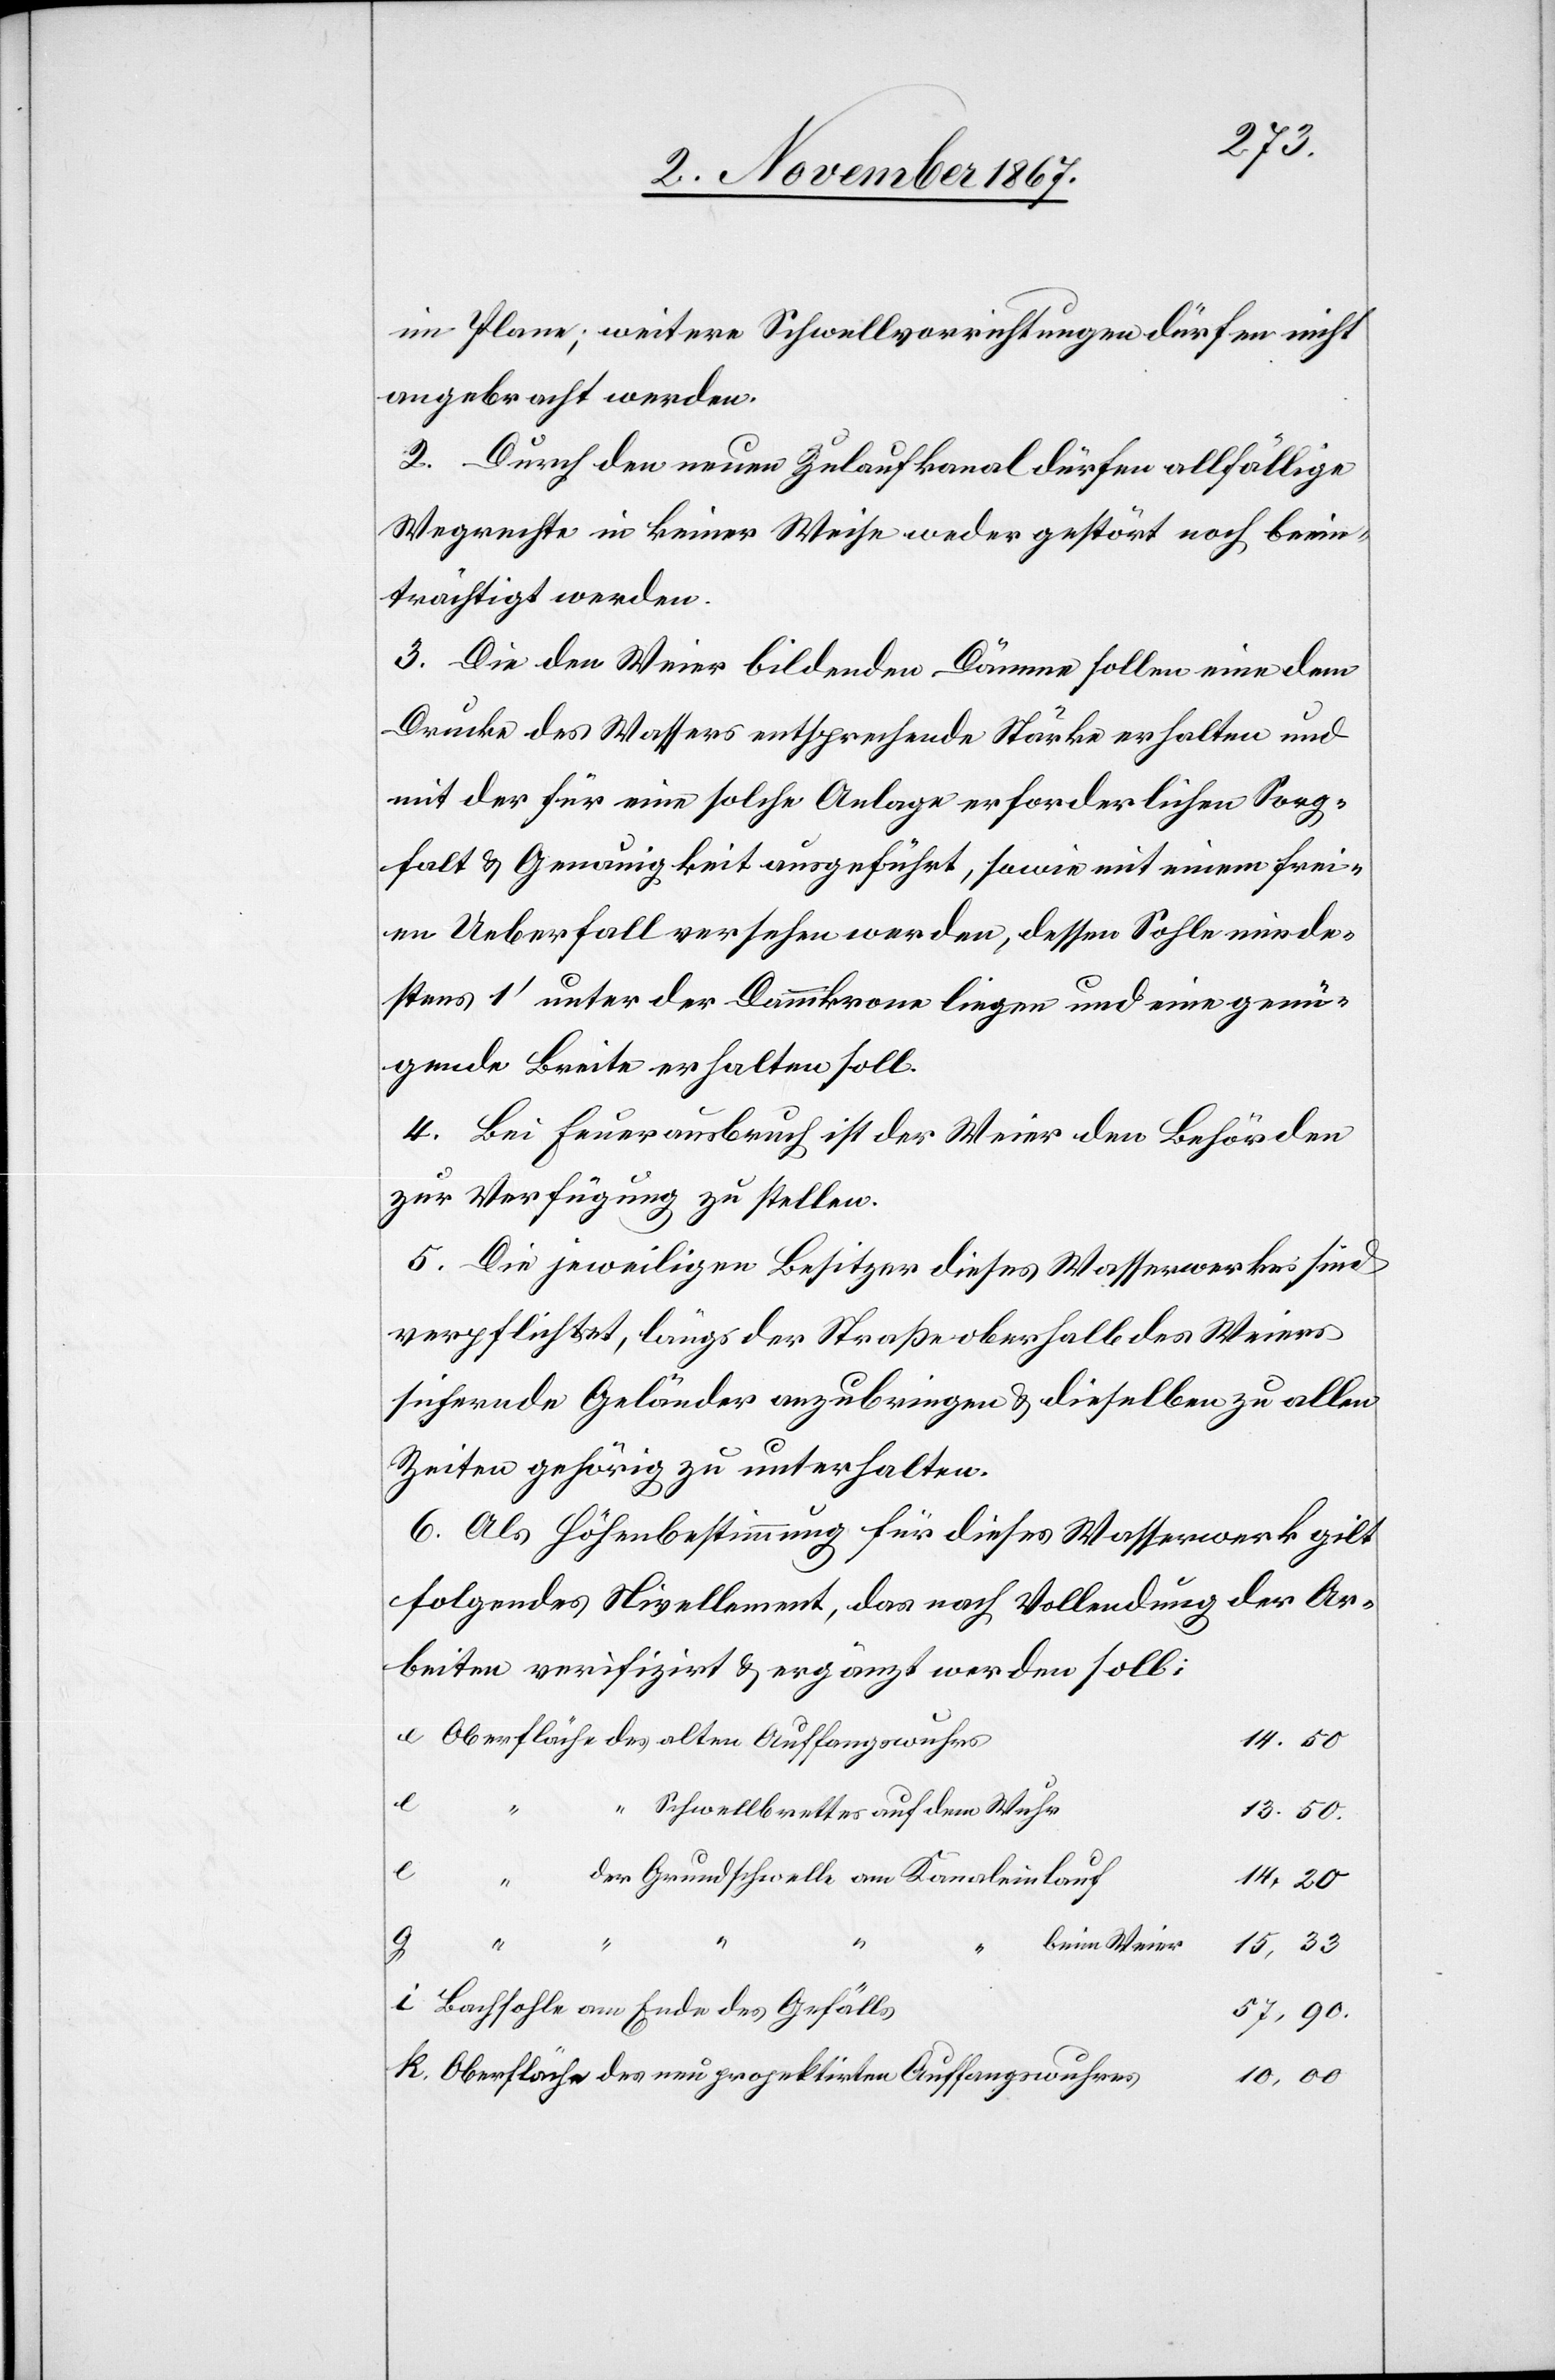
im Plane; weitere Schwellvorrichtungen dürfen nicht
angebracht werden.
2. Durch den neuen Zulaufkanal dürfen allfällige
Wegrechte in keiner Weise weder gestört noch beein¬
trächtigt werden.
3. Die den Weier bildenden Dämme sollen eine dem
Drucke des Wassers entsprechende Stärke erhalten und
mit der für eine solche Anlage erforderlichen Sorg¬
falt u. Genauigkeit ausgeführt, sowie mit einem frei¬
en Ueberfall versehen werden, dessen Sohle minde¬
stens 1‘ unter der Dammkrone liegen und eine genü¬
gende Breite erhalten soll.
4. Bei Feuerausbruch ist der Weier den Behörden
zur Verfügung zu stellen.
5. Die jeweiligen Besitzer dieses Wasserwerkes sind
verpflichtet, längs der Straße oberhalb des Weiers
sichernde Geländer anzubringen u. dieselben zu allen
Zeiten gehörig zu unterhalten.
6. Als Höhenbestimmung für dieses Wasserwerk gilt
folgendes Nivellement, das nach Vollendung der Ar¬
beiten verifizirt u. ergänzt werden soll:
Oberfläche des alten Auffangswuhrs
14.50
der Grundschwelle am Kanaleinlauf
“ “
14.20
g
beim Weier
15,33
Bachsohle am Ende des Gefälls
57,90.
Oberfläche des neu projektirten Auffangswuhres
10,00